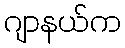
ဂျာနယ်က